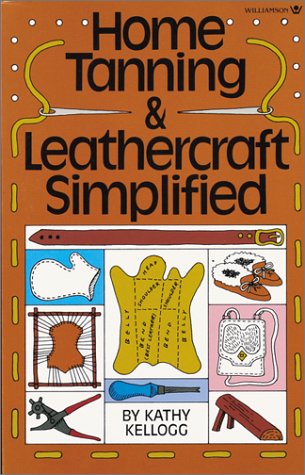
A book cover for Home Tanning & Leathercraft Simplified; Kathy Kellogg; Crafts, Hobbies & Home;